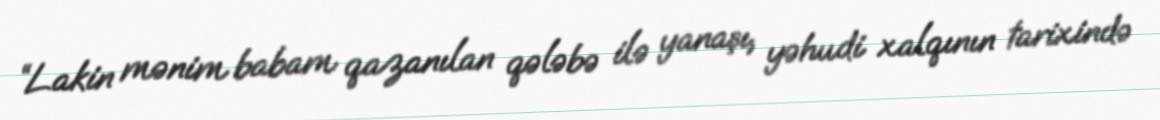
“Lakin mənim babam qazanılan qələbə ilə yanaşı, yəhudi xalqının tarixində